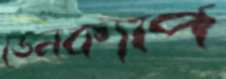
ডেনক্যাপ